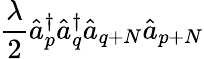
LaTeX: \frac{\lambda}{2}\hat{a}_{p}^{\dagger}\hat{a}_{q}^{\dagger}\hat{a}_{q+N}\hat{a}_{p+N}